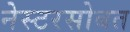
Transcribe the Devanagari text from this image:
नेस्टरसोबत